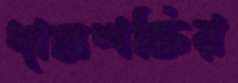
দাহ্যশক্তির